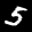
Label: 5